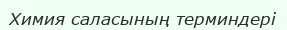
Химия саласының терминдері